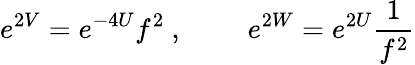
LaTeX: e^{2V}=e^{-4U}f^{2}\ ,\ \qquad e^{2W}=e^{2U}\frac{1}{f^{2}}